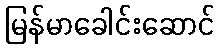
မြန်မာခေါင်းဆောင်